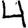
Digit: 4